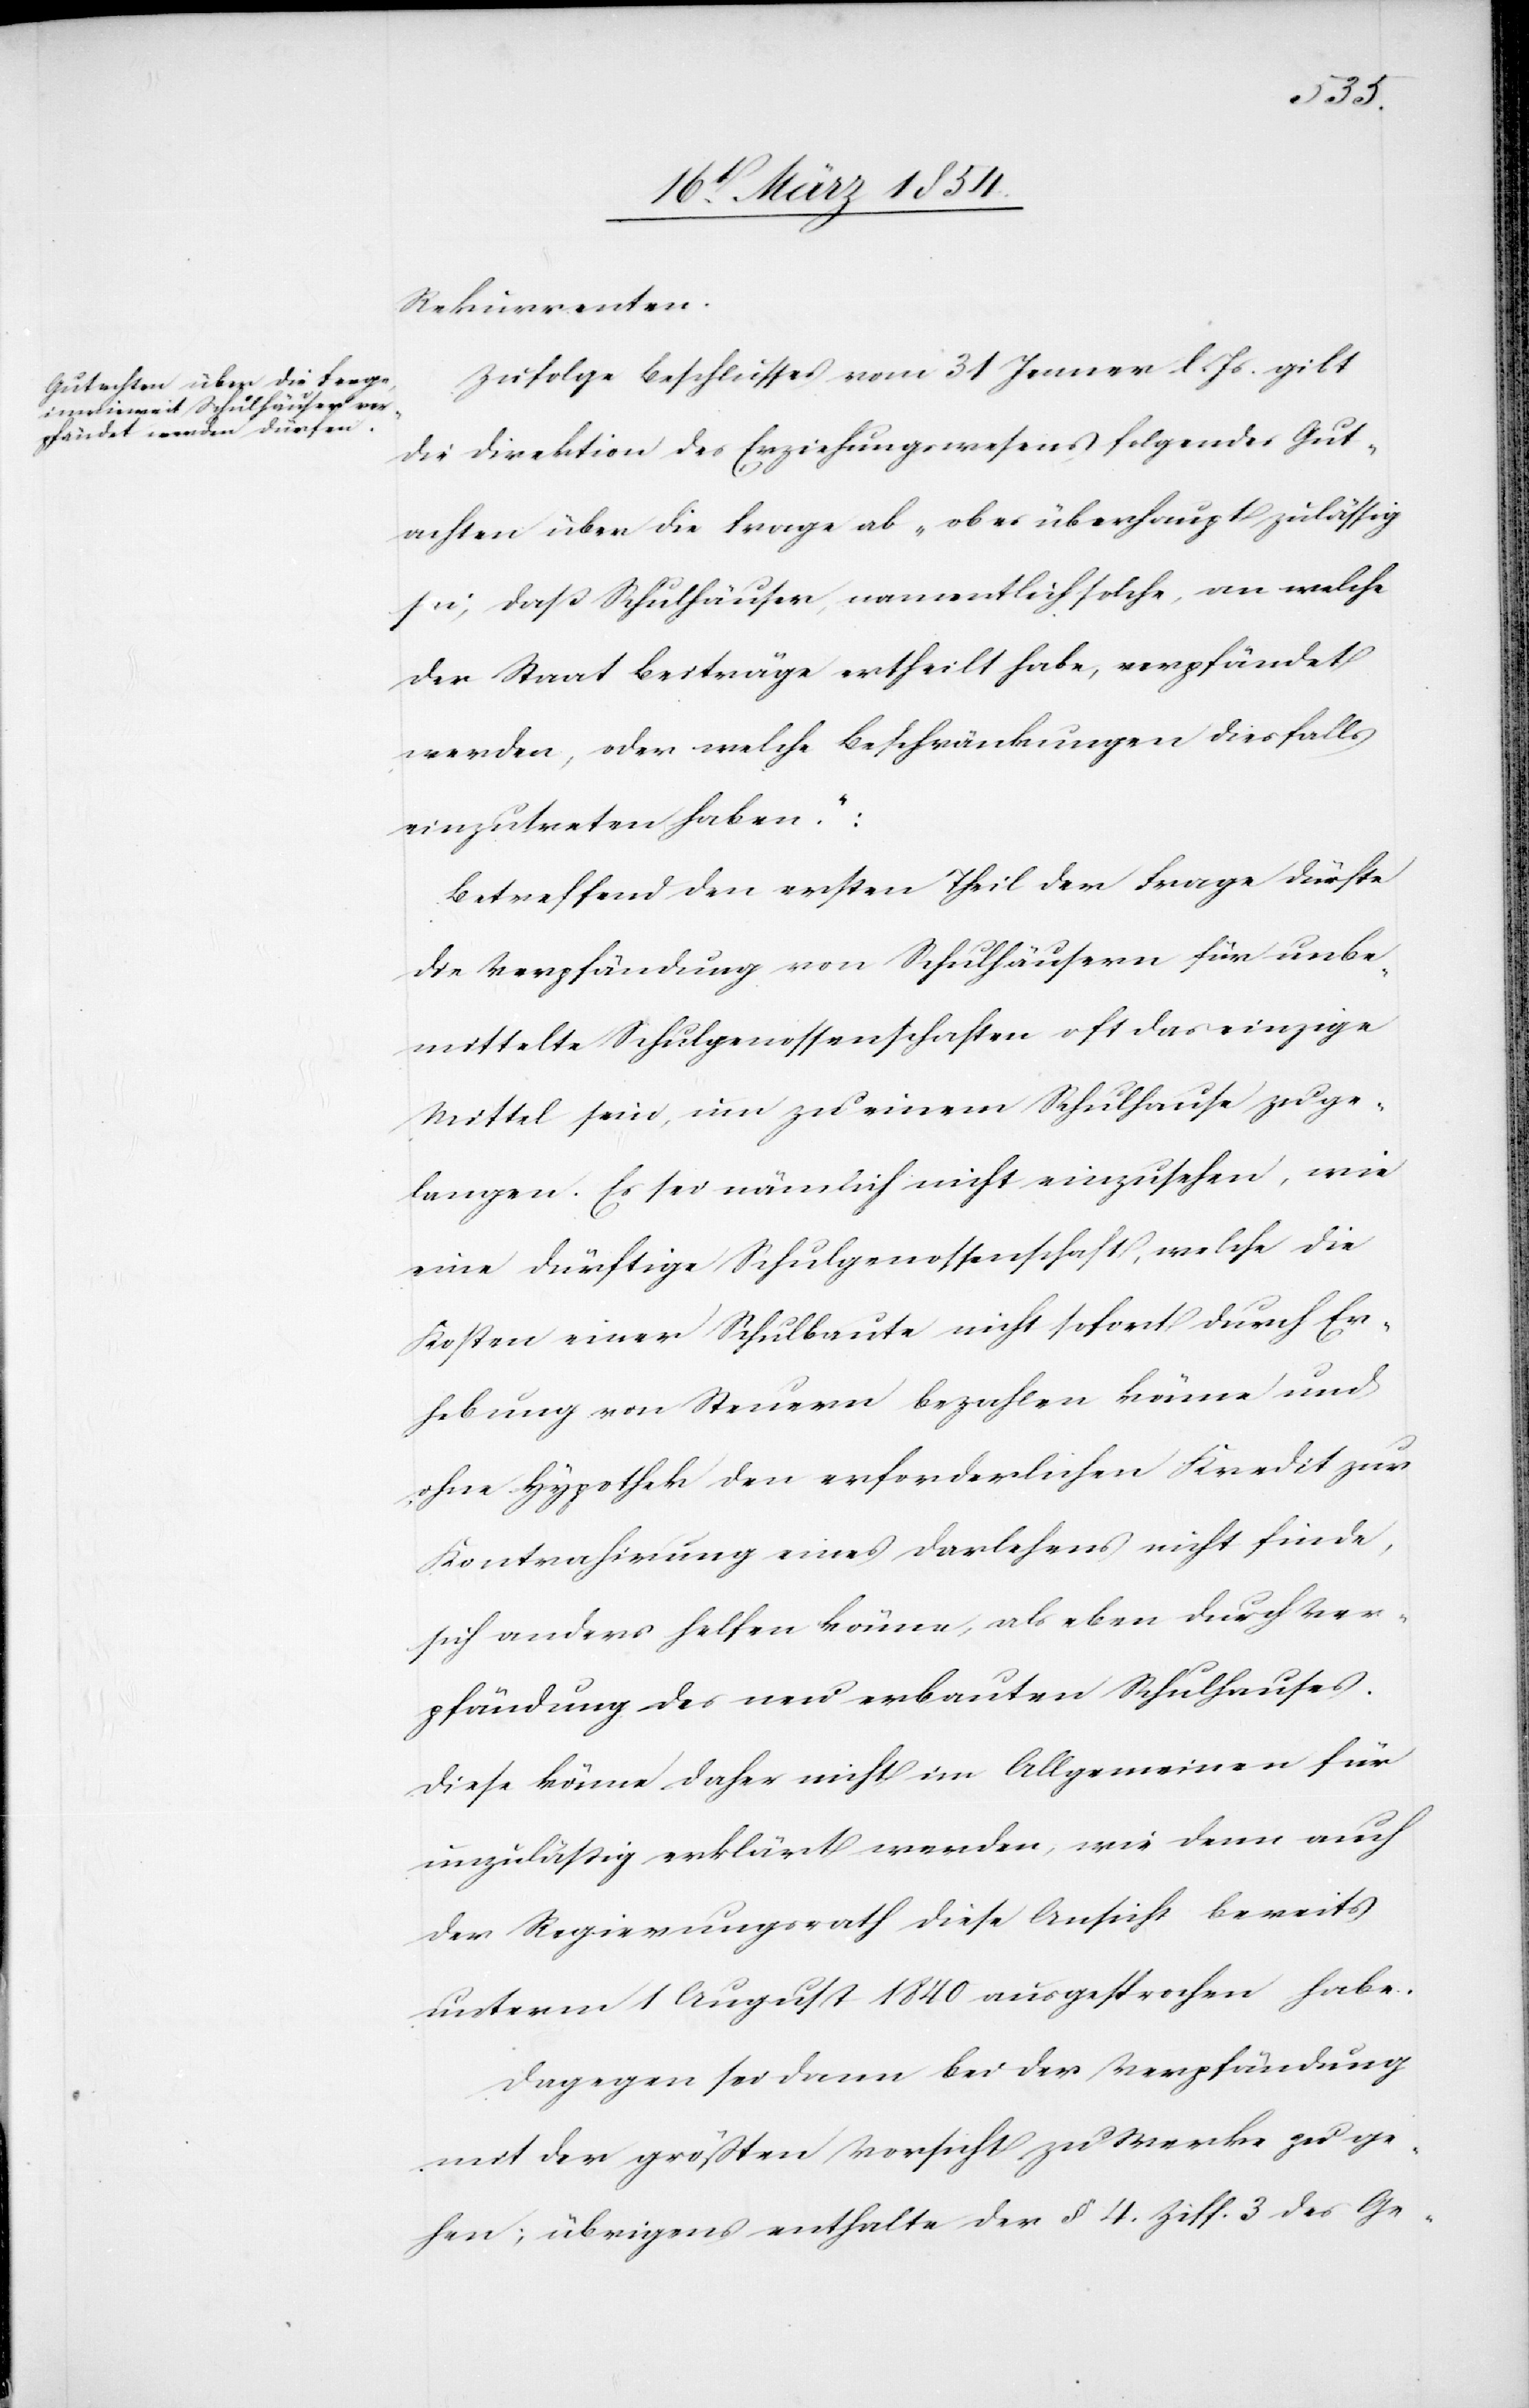
Rekurrenten.
Zufolge Beschlusses vom 31 Jenner l. Js. gibt
die Direktion des Erziehungswesens folgendes Gut¬
achten über die Frage ab, „ob es überhaupt zulässig
sei, daß Schulhäuser, namentlich solche, an welche
der Staat Beiträge ertheilt habe, verpfändet
werden, oder welche Beschränkungen diesfalls
einzutreten haben.“:
Betreffend den ersten Theil der Frage dürfte
die Verpfändung von Schulhäusern für unbe¬
mittelte Schulgenossenschaften oft das einzige
Mittel sein, um zu einem Schulhause zu ge¬
langen. Es sei nämlich nicht einzusehen, wie
eine dürftige Schulgenossenschaft, welche die
Kosten einer Schulbaute nicht sofort durch Er¬
hebung von Steuern bezahlen könne und
ohne Hypothek den erforderlichen Kredit zur
Kontrahirung eines Darlehens nicht finde,
sich anders helfen könne, als aber durch Ver¬
pfändung des neu erbauten Schulhauses.
Diese könne daher nicht im Allgemeinen für
unzuläßig erklärt werden, wie denn auch
der Regierungsrath diese Ansicht bereits
unterm 1 August 1840 ausgesprochen habe.
Dagegen sei dann bei der Verpfändung
mit der größten Vorsicht zu Werke zu ge¬
hen; übrigens enthalte der § 4. Ziff. 3 des Ge-